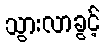
သွားလာခွင့်